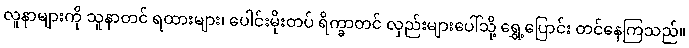
လူနာများကို သူနာတင် ရထားများ၊ ပေါင်းမိုးတပ် ရိက္ခာတင် လှည်းများပေါ်သို့ ရွှေ့ပြောင်း တင်နေကြသည်။